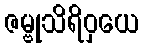
ဇမ္ဗုသိရိဝှယေ